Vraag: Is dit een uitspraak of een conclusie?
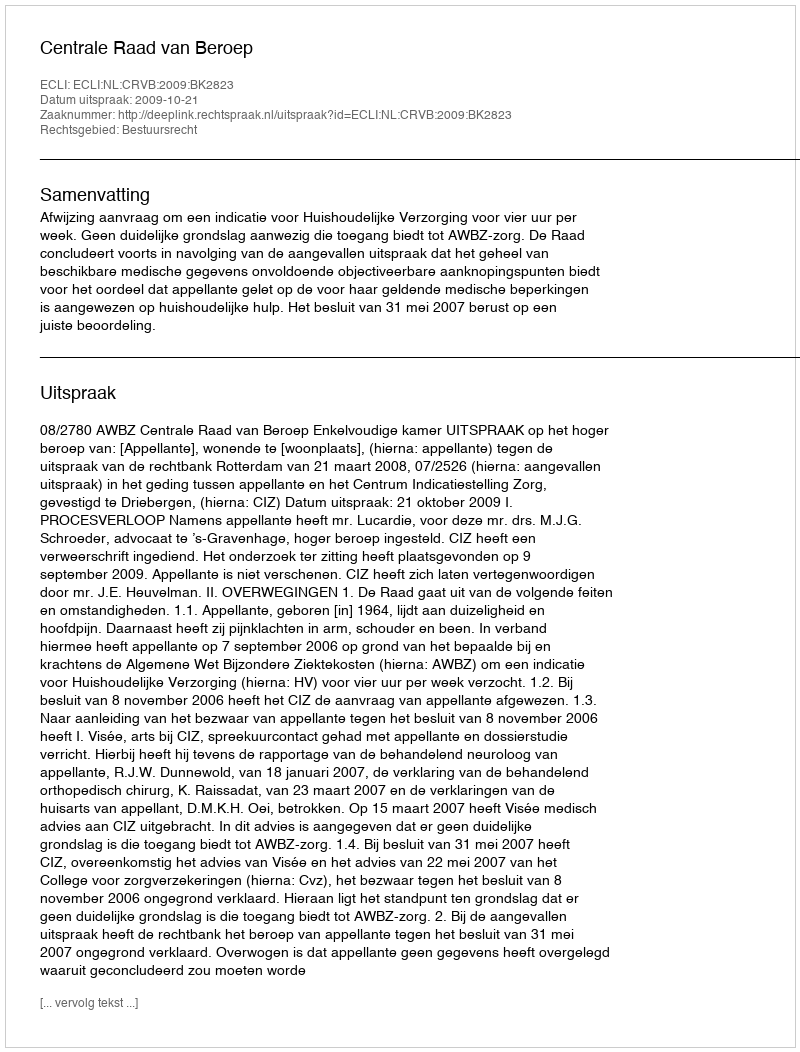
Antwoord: Uitspraak